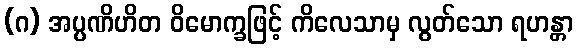
(ဂ) အပ္ပဏိဟိတ ဝိမောက္ခဖြင့် ကိလေသာမှ လွတ်သော ရဟန္တာ